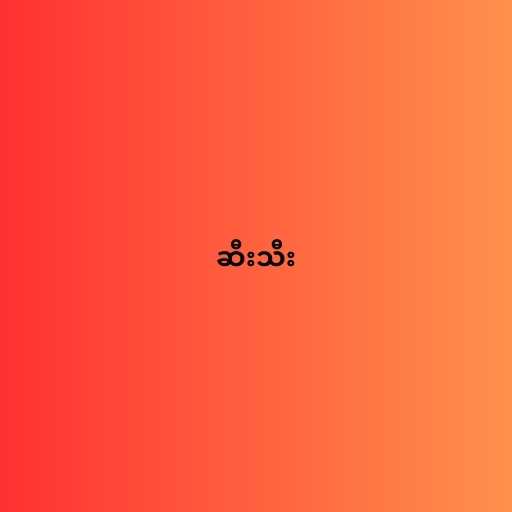
ဆီးသီး